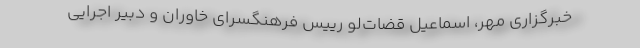
خبرگزاری مهر، اسماعیل قضات‌لو رییس فرهنگسرای خاوران و دبیر اجرایی